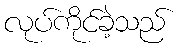
လုပ်ကိုင်ခဲ့သည်